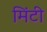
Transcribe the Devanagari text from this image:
मिंटी